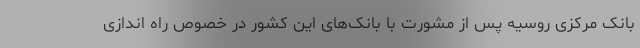
بانک مرکزی روسیه پس از مشورت با بانک‌های این کشور در خصوص راه اندازی